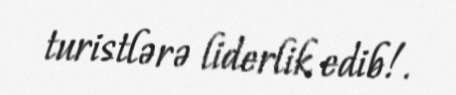
turistlərə liderlik edib!.